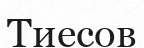
Тиесов